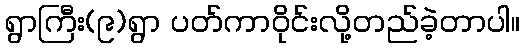
ရွာကြီး(၉)ရွာ ပတ်ကာဝိုင်းလို့တည်ခဲ့တာပါ။